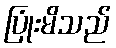
ပြုံးမိသည်